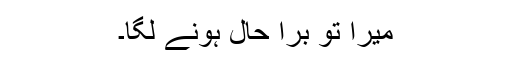
میرا تو برا حال ہونے لگا۔